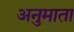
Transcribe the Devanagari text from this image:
अनुमाता